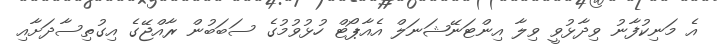
އެ މަނިކުފާނު ވިދާޅުވީ ވިލާ އިންޓަނޭޝަނަލް އެއާޕޯޓް ހުޅުވުމުގެ ސަބަބުން ރާއްޖޭގެ އިގުތިސާދަށާއި